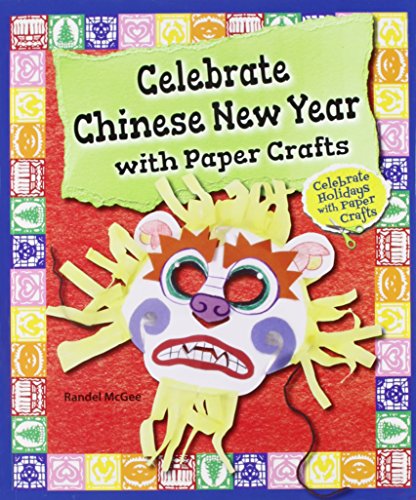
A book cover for Celebrate Chinese New Year With Paper Crafts (Celebrate Holidays With Paper Crafts); Randel McGee; Children's Books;